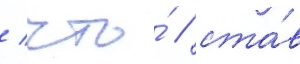
/ что́ / ста́в